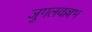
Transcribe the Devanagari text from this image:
जुगलवल्लभ